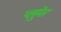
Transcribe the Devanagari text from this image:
प्लुमेर